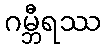
ဂမ္ဘီရဿ